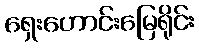
ရှေးဟောင်းမြေရိုင်း